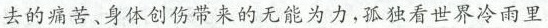
去的痛苦、身体创伤带来的无能为力，孤独看世界冷雨里